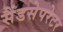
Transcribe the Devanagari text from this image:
सैंडसेपरेटर